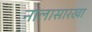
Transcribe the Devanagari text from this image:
नालासारखा